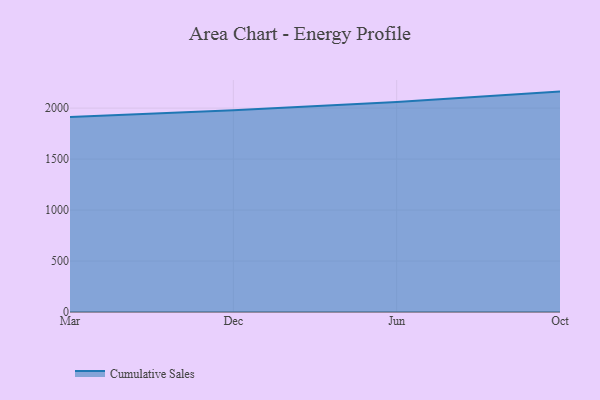
{"axis": {"x": "Month", "y": "LTV (USD)"}, "legend": ["Cumulative Sales"], "data": [{"x": "Mar", "y": 1912.4, "type": "Cumulative Sales"}, {"x": "Dec", "y": 1978.4, "type": "Cumulative Sales"}, {"x": "Jun", "y": 2061.0, "type": "Cumulative Sales"}, {"x": "Oct", "y": 2161.8, "type": "Cumulative Sales"}]}